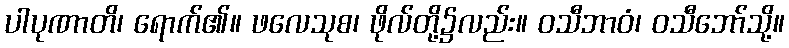
ပါပုဏာတိ၊ ရောက်၏။ ဖလေသုစ၊ ဖိုလ်တို့၌လည်း။ ဝသီဘာဝံ၊ ဝသီဘော်သို့။